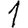
Digit: 1